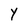
Character: Y